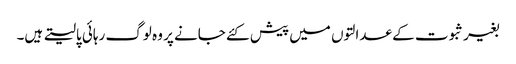
بغیر ثبوت کے عدالتوں میں پیش کئے جانے پر وہ لوگ رہائی پالیتے ہیں۔